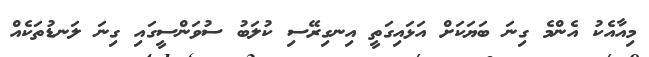
މިއާއެކު އެންމެ ގިނަ ބަޔަކަށް އަޅައިގަތީ އިނގިރޭސި ކުލަބު ސުވަންސީގައި ގިނަ ލަނޑުތަކެއް